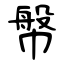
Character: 幋